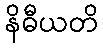
နိဓီယတိ